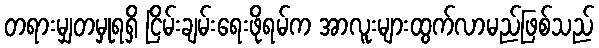
တရားမျှတမှုရရှိ ငြိမ်းချမ်းရေးဖိုရမ်က အာလူးများထွက်လာမည်ဖြစ်သည်